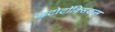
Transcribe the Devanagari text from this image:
आटोटॉक्सिकस